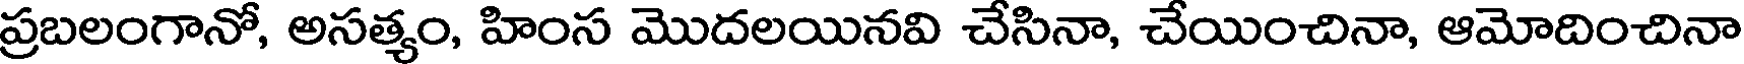
ప్రబలంగానో, అసత్యం, హింస మొదలయినవి చేసినా, చేయించినా, ఆమోదించినా